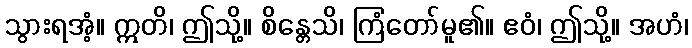
သွားရအံ့။ ဣတိ၊ ဤသို့။ စိန္တေသိ၊ ကြံတော်မူ၏။ ဧဝံ၊ ဤသို့။ အဟံ၊